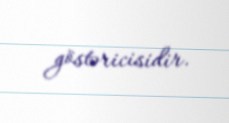
göstəricisidir.